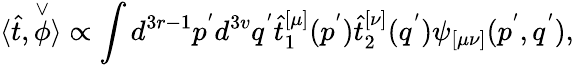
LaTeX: \langle\hat{t},\stackrel{\vee}{\phi}\rangle\propto\int d^{3r-1}p^{'}d^{3v}q^{'}\hat{t}_{1}^{[\mu]}(p^{'})\hat{t}_{2}^{[\nu]}(q^{'})\psi_{[\mu\nu]}(p^{'},q^{'}),